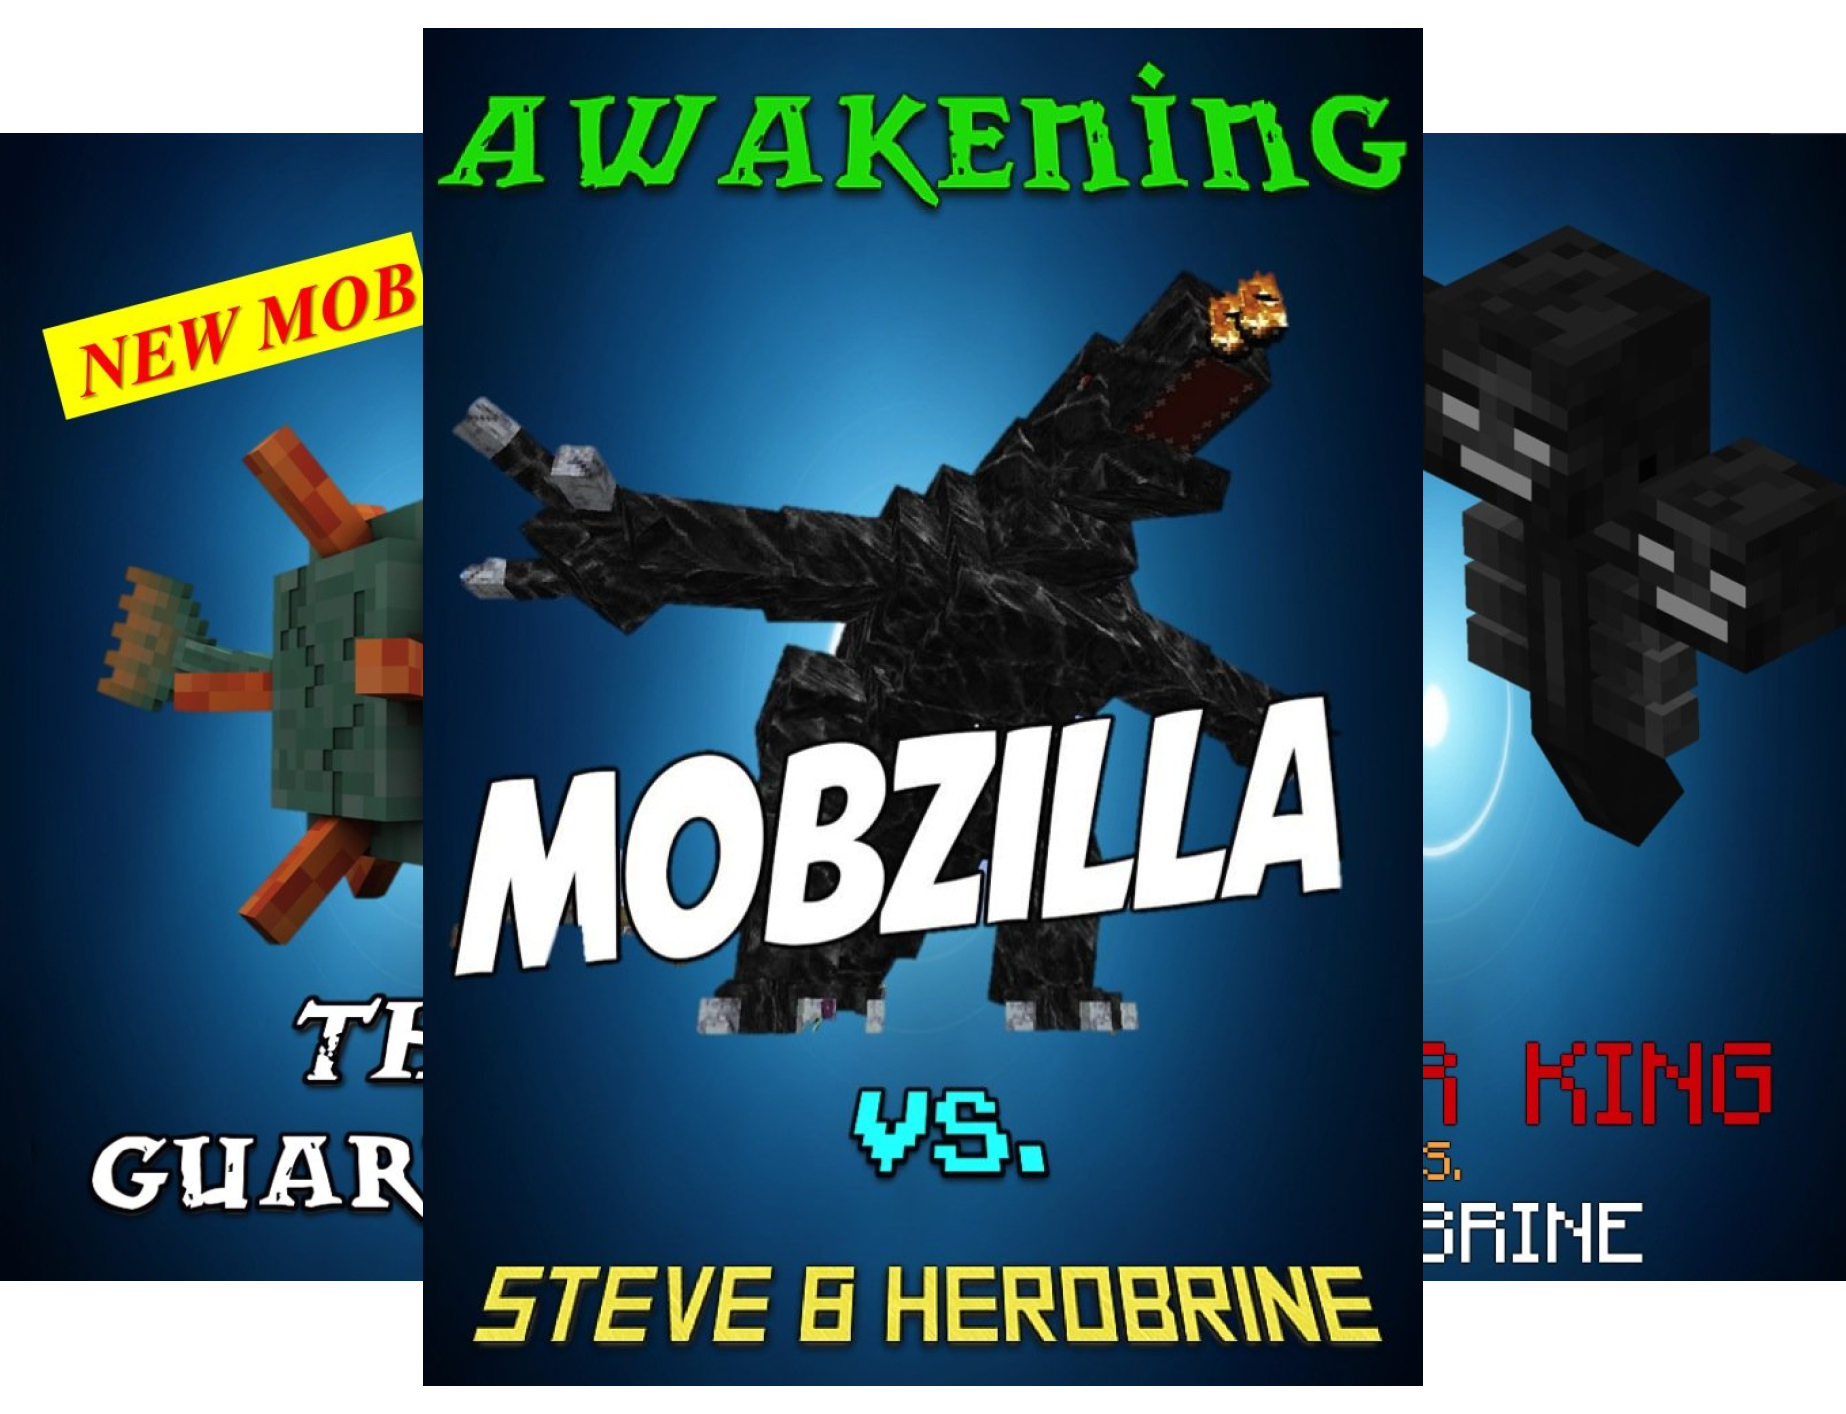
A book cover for Minecraft Monsters Series (7 Book Series); Ender King; Children's Books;